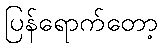
ပြန်ရောက်တော့